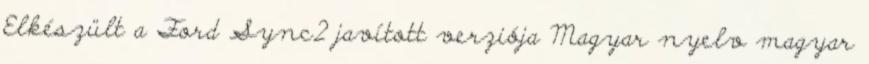
Elkészült a Ford Sync2 javított verziója Magyar nyelv magyar